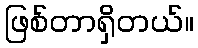
ဖြစ်တာရှိတယ်။